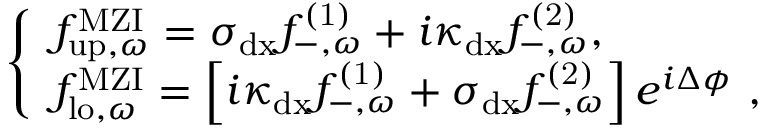
\begin{array} { r } { \left\{ \begin{array} { l l } { { f } _ { \mathrm { u p } , \omega } ^ { \mathrm { M Z I } } = \sigma _ { \mathrm { d x } } { f } _ { - , \omega } ^ { \mathrm { ( 1 ) } } + i \kappa _ { \mathrm { d x } } { f } _ { - , \omega } ^ { \mathrm { ( 2 ) } } , } \\ { { f } _ { \mathrm { l o } , \omega } ^ { \mathrm { M Z I } } = \left[ i \kappa _ { \mathrm { d x } } { f } _ { - , \omega } ^ { \mathrm { ( 1 ) } } + \sigma _ { \mathrm { d x } } { f } _ { - , \omega } ^ { \mathrm { ( 2 ) } } \right] e ^ { i \Delta \phi } \ , } \end{array} \right. } \end{array}